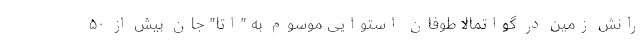
رانش زمین در گواتمالا طوفان استوایی موسوم به "اِتا" جان بیش از ۵۰